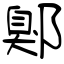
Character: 鄓